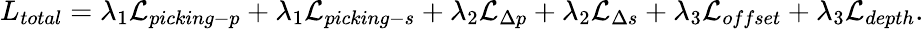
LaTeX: L_{{total}}=\lambda_{1}\mathcal{L}_{{picking-p}}+\lambda_{1}\mathcal{L}_{{picking-s}}+\lambda_{2}\mathcal{L}_{\Delta p}+\lambda_{2}\mathcal{L}_{\Delta s}+\lambda_{3}\mathcal{L}_{{offset}}+\lambda_{3}\mathcal{L}_{{depth}}.